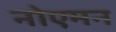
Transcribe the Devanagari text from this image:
नोएमन